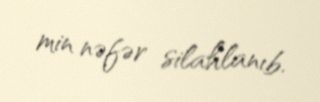
min nəfər silahlanıb.